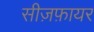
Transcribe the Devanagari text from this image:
सीज़फ़ायर